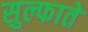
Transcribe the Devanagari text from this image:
सुल्फाते